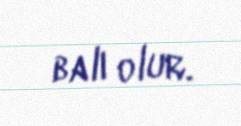
balı olur.